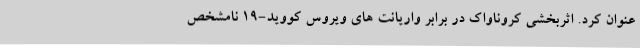
عنوان کرد. اثربخشی کروناواک در برابر واریانت های ویروس کووید-19 نامشخص